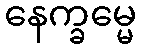
နေက္ခမ္မေ